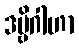
ဒဗ္ဗိဂါဟာ